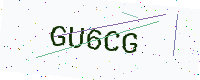
Text: GU6CG